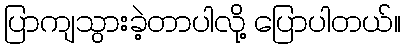
ပြာကျသွားခဲ့တာပါလို့ ပြောပါတယ်။